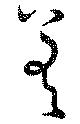
差